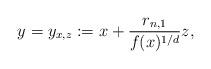
LaTeX: \begin{align*}y = y_{x,z} := x + \frac{r_{n,1}}{f(x)^{1/d}}z,\end{align*}